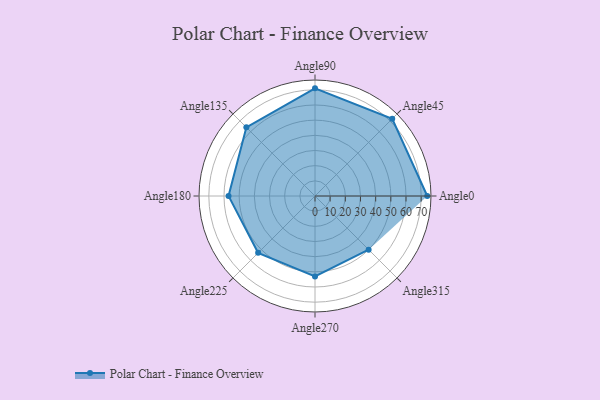
{"axis": {"x": "Angle", "y": "Radius"}, "legend": [""], "data": [{"x": "Angle0", "y": 74.0, "type": ""}, {"x": "Angle45", "y": 72.0, "type": ""}, {"x": "Angle90", "y": 71.0, "type": ""}, {"x": "Angle135", "y": 64.0, "type": ""}, {"x": "Angle180", "y": 57.0, "type": ""}, {"x": "Angle225", "y": 53.0, "type": ""}, {"x": "Angle270", "y": 53.0, "type": ""}, {"x": "Angle315", "y": 50, "type": ""}]}